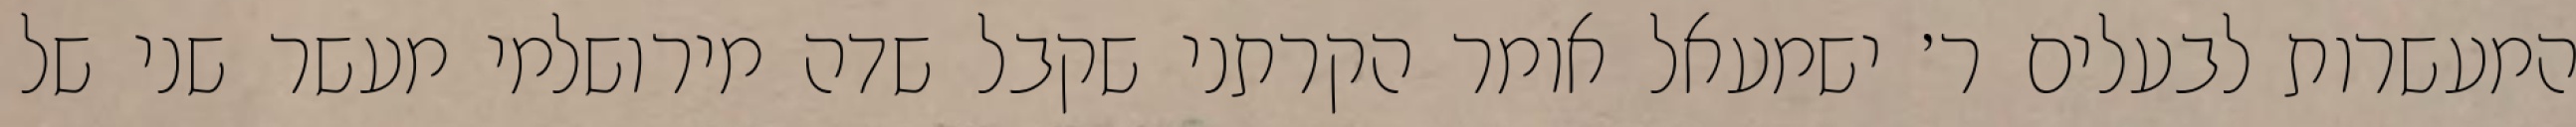
המעשרות לבעלים ר׳ ישמעאל אומר הקרתני שקבל שדה מירושלמי מעשר שני של